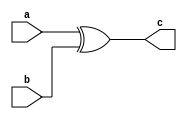
module xor2(
    input wire  a,
    input wire b,
    output wire c
);

assign c = a ^ b;

endmodule